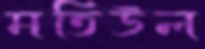
মতিউল